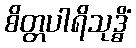
စိတ္တပါရိသုဒ္ဓိံ